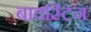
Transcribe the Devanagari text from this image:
बावस्टिन